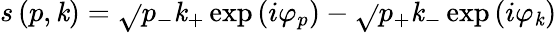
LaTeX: s\left(p,\mathit{k}\right)=\sqrt{}{{p_{-}\mathit{k}_{+}}}\exp\left(i\varphi_{p}\right)-\sqrt{}{{p_{+}\mathit{k}_{-}}}\exp\left(i\varphi_{\mathit{k}}\right)